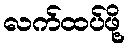
လက်ထပ်ဖို့